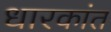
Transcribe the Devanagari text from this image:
धारकांत